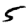
Digit: 5